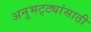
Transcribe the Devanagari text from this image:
अनुभट्ट्यांसाठी